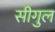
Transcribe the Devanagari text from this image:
सीगुल